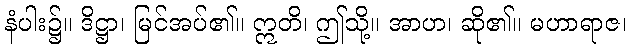
နံပါး၌။ ဒိဋ္ဌာ၊ မြင်အပ်၏။ ဣတိ၊ ဤသို့။ အာဟ၊ ဆို၏။ မဟာရာဇ၊